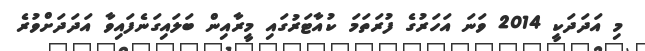
މި އަދަދަކީ 2014 ވަނަ އަހަރުގެ ފުރަތަމަ ކުއާޓަރުގައި މީރާއިން ބަލައިގަނެފައިވާ އަދަދަށްވުރެ